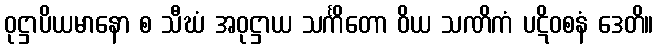
ဝုဋ္ဌာပိယမာနော စ သီဃံ အဝုဋ္ဌာယ သင်္ကိတော ဝိယ သဏိကံ ပဋိဝစနံ ဒေတိ။